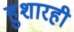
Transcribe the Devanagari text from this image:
हुशारही